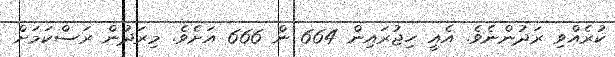
ކުރެއްވި ރަދުންނެވެ. އެއީ ހިޖުރައިން 664 ން 666 އަށެވެ. މިރަދުން ރަސްކަމަށް